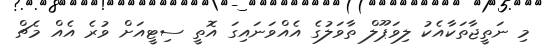
މި ނަތީޖާތަކާއެކު ލިވަޕޫލް ތާވަލުގެ އެއްވަނައިގަ އޮތީ ސިޓީއަށް ވުރެ އެއް މެޗް